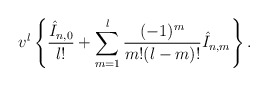
\begin{align*} v^l\left\{\frac{\hat{I}_{n,0}}{l!}+\sum_{m=1}^l\frac{(-1)^m}{m!(l-m)!}\hat{I}_{n,m}\right\}.\end{align*}